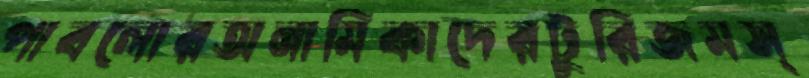
পাবলোরঅনামিকাদেরটুরিজমস্